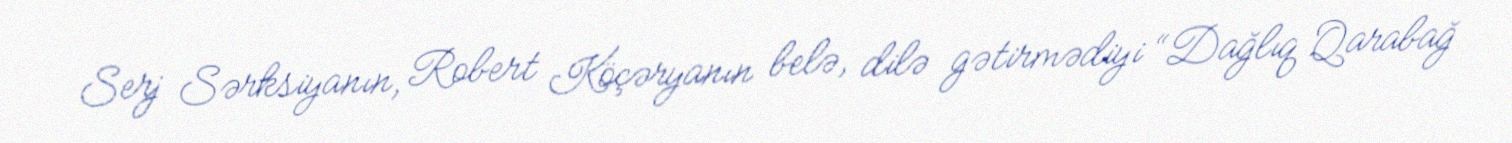
Serj Sərksiyanın, Robert Köçəryanın belə, dilə gətirmədiyi “Dağlıq Qarabağ